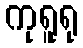
ကုရူရု